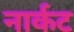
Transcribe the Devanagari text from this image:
नार्कट